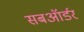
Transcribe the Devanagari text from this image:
सबऑर्डर